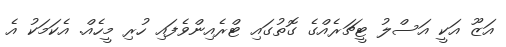
އަޒޫ އަކީ އަސްލު ޓީޗަރެއްގެ ގޮތުގައި ޓްރެއިންވެފައި ހުރި މީހެއް. އެކަމަކު އެ